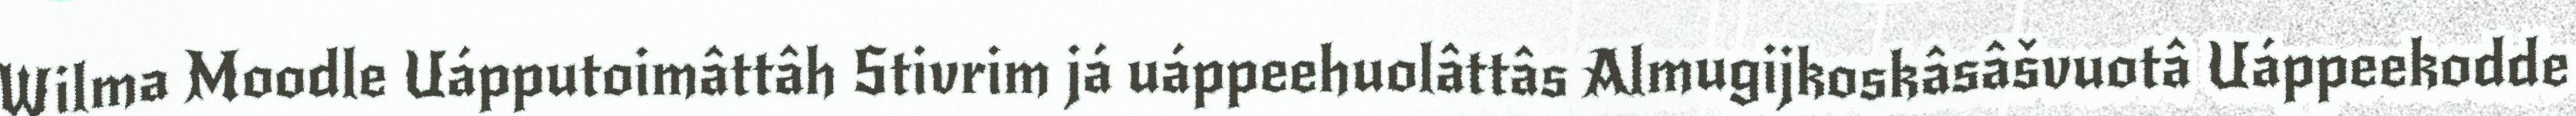
Wilma Moodle Uápputoimâttâh Stivrim já uáppeehuolâttâs Almugijkoskâsâšvuotâ Uáppeekodde